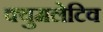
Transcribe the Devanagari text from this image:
क्युमलेटिव